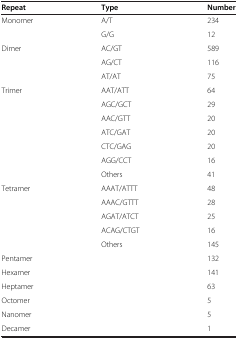
<table><thead><tr><td><b>Repeat</b></td><td><b>Type</b></td><td><b>Number</b></td></tr></thead><tbody><tr><td rowspan="2">Monomer</td><td>A/T</td><td>234</td></tr><tr><td>G/G</td><td>12</td></tr><tr><td rowspan="3">Dimer</td><td>AC/GT</td><td>589</td></tr><tr><td>AG/CT</td><td>116</td></tr><tr><td>AT/AT</td><td>75</td></tr><tr><td rowspan="7">Trimer</td><td>AAT/ATT</td><td>64</td></tr><tr><td>AGC/GCT</td><td>29</td></tr><tr><td>AAC/GTT</td><td>20</td></tr><tr><td>ATC/GAT</td><td>20</td></tr><tr><td>CTC/GAG</td><td>20</td></tr><tr><td>AGG/CCT</td><td>16</td></tr><tr><td>Others</td><td>41</td></tr><tr><td rowspan="5">Tetramer</td><td>AAAT/ATTT</td><td>48</td></tr><tr><td>AAAC/GTTT</td><td>28</td></tr><tr><td>AGAT/ATCT</td><td>25</td></tr><tr><td>ACAG/CTGT</td><td>16</td></tr><tr><td>Others</td><td>145</td></tr><tr><td>Pentamer</td><td> </td><td>132</td></tr><tr><td>Hexamer</td><td> </td><td>141</td></tr><tr><td>Heptamer</td><td> </td><td>63</td></tr><tr><td>Octomer</td><td> </td><td>5</td></tr><tr><td>Nanomer</td><td> </td><td>5</td></tr><tr><td>Decamer</td><td> </td><td>1</td></tr></tbody></table>